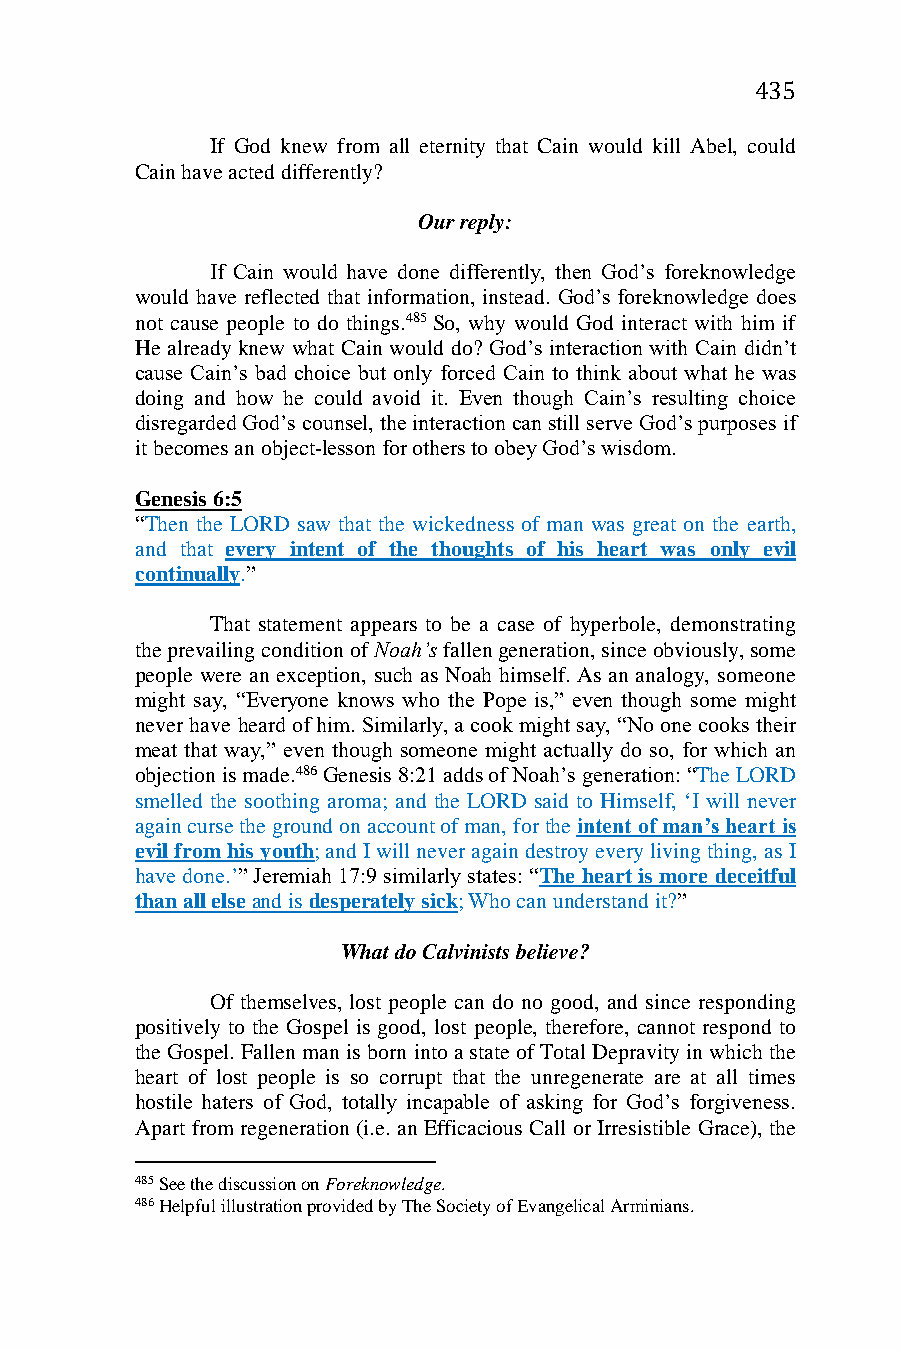
435
 If God knew from all eternity that Cain would kill Abel, could
 Cain have acted differently?
 Our reply:
 If Cain would have done differently, then God’s foreknowledge
 would have reflected that information, instead. God’s foreknowledge does
 not cause people to do things.485 So, why would God interact with him if
 He already knew what Cain would do? God’s interaction with Cain didn’t
 cause Cain’s bad choice but only forced Cain to think about what he was
 doing and how he could avoid it. Even though Cain’s resulting choice
 disregarded God’s counsel, the interaction can still serve God’s purposes if
 it becomes an object-lesson for others to obey God’s wisdom.
 Genesis 6:5
 “Then the LORD saw that the wickedness of man was great on the earth,
 and that every intent of the thoughts of his heart was only evil
 continually.”
 That statement appears to be a case of hyperbole, demonstrating
 the prevailing condition of Noah’s fallen generation, since obviously, some
 people were an exception, such as Noah himself. As an analogy, someone
 might say, “Everyone knows who the Pope is,” even though some might
 never have heard of him. Similarly, a cook might say, “No one cooks their
 meat that way,” even though someone might actually do so, for which an
 objection is made.486 Genesis 8:21 adds of Noah’s generation: “The LORD
 smelled the soothing aroma; and the LORD said to Himself, ‘I will never
 again curse the ground on account of man, for the intent of man’s heart is
 evil from his youth; and I will never again destroy every living thing, as I
 have done.’” Jeremiah 17:9 similarly states: “The heart is more deceitful
 than all else and is desperately sick; Who can understand it?”
 What do Calvinists believe?
 Of themselves, lost people can do no good, and since responding
 positively to the Gospel is good, lost people, therefore, cannot respond to
 the Gospel. Fallen man is born into a state of Total Depravity in which the
 heart of lost people is so corrupt that the unregenerate are at all times
 hostile haters of God, totally incapable of asking for God’s forgiveness.
 Apart from regeneration (i.e. an Efficacious Call or Irresistible Grace), the
 485 See the discussion on Foreknowledge.
 486 Helpful illustration provided by The Society of Evangelical Arminians.